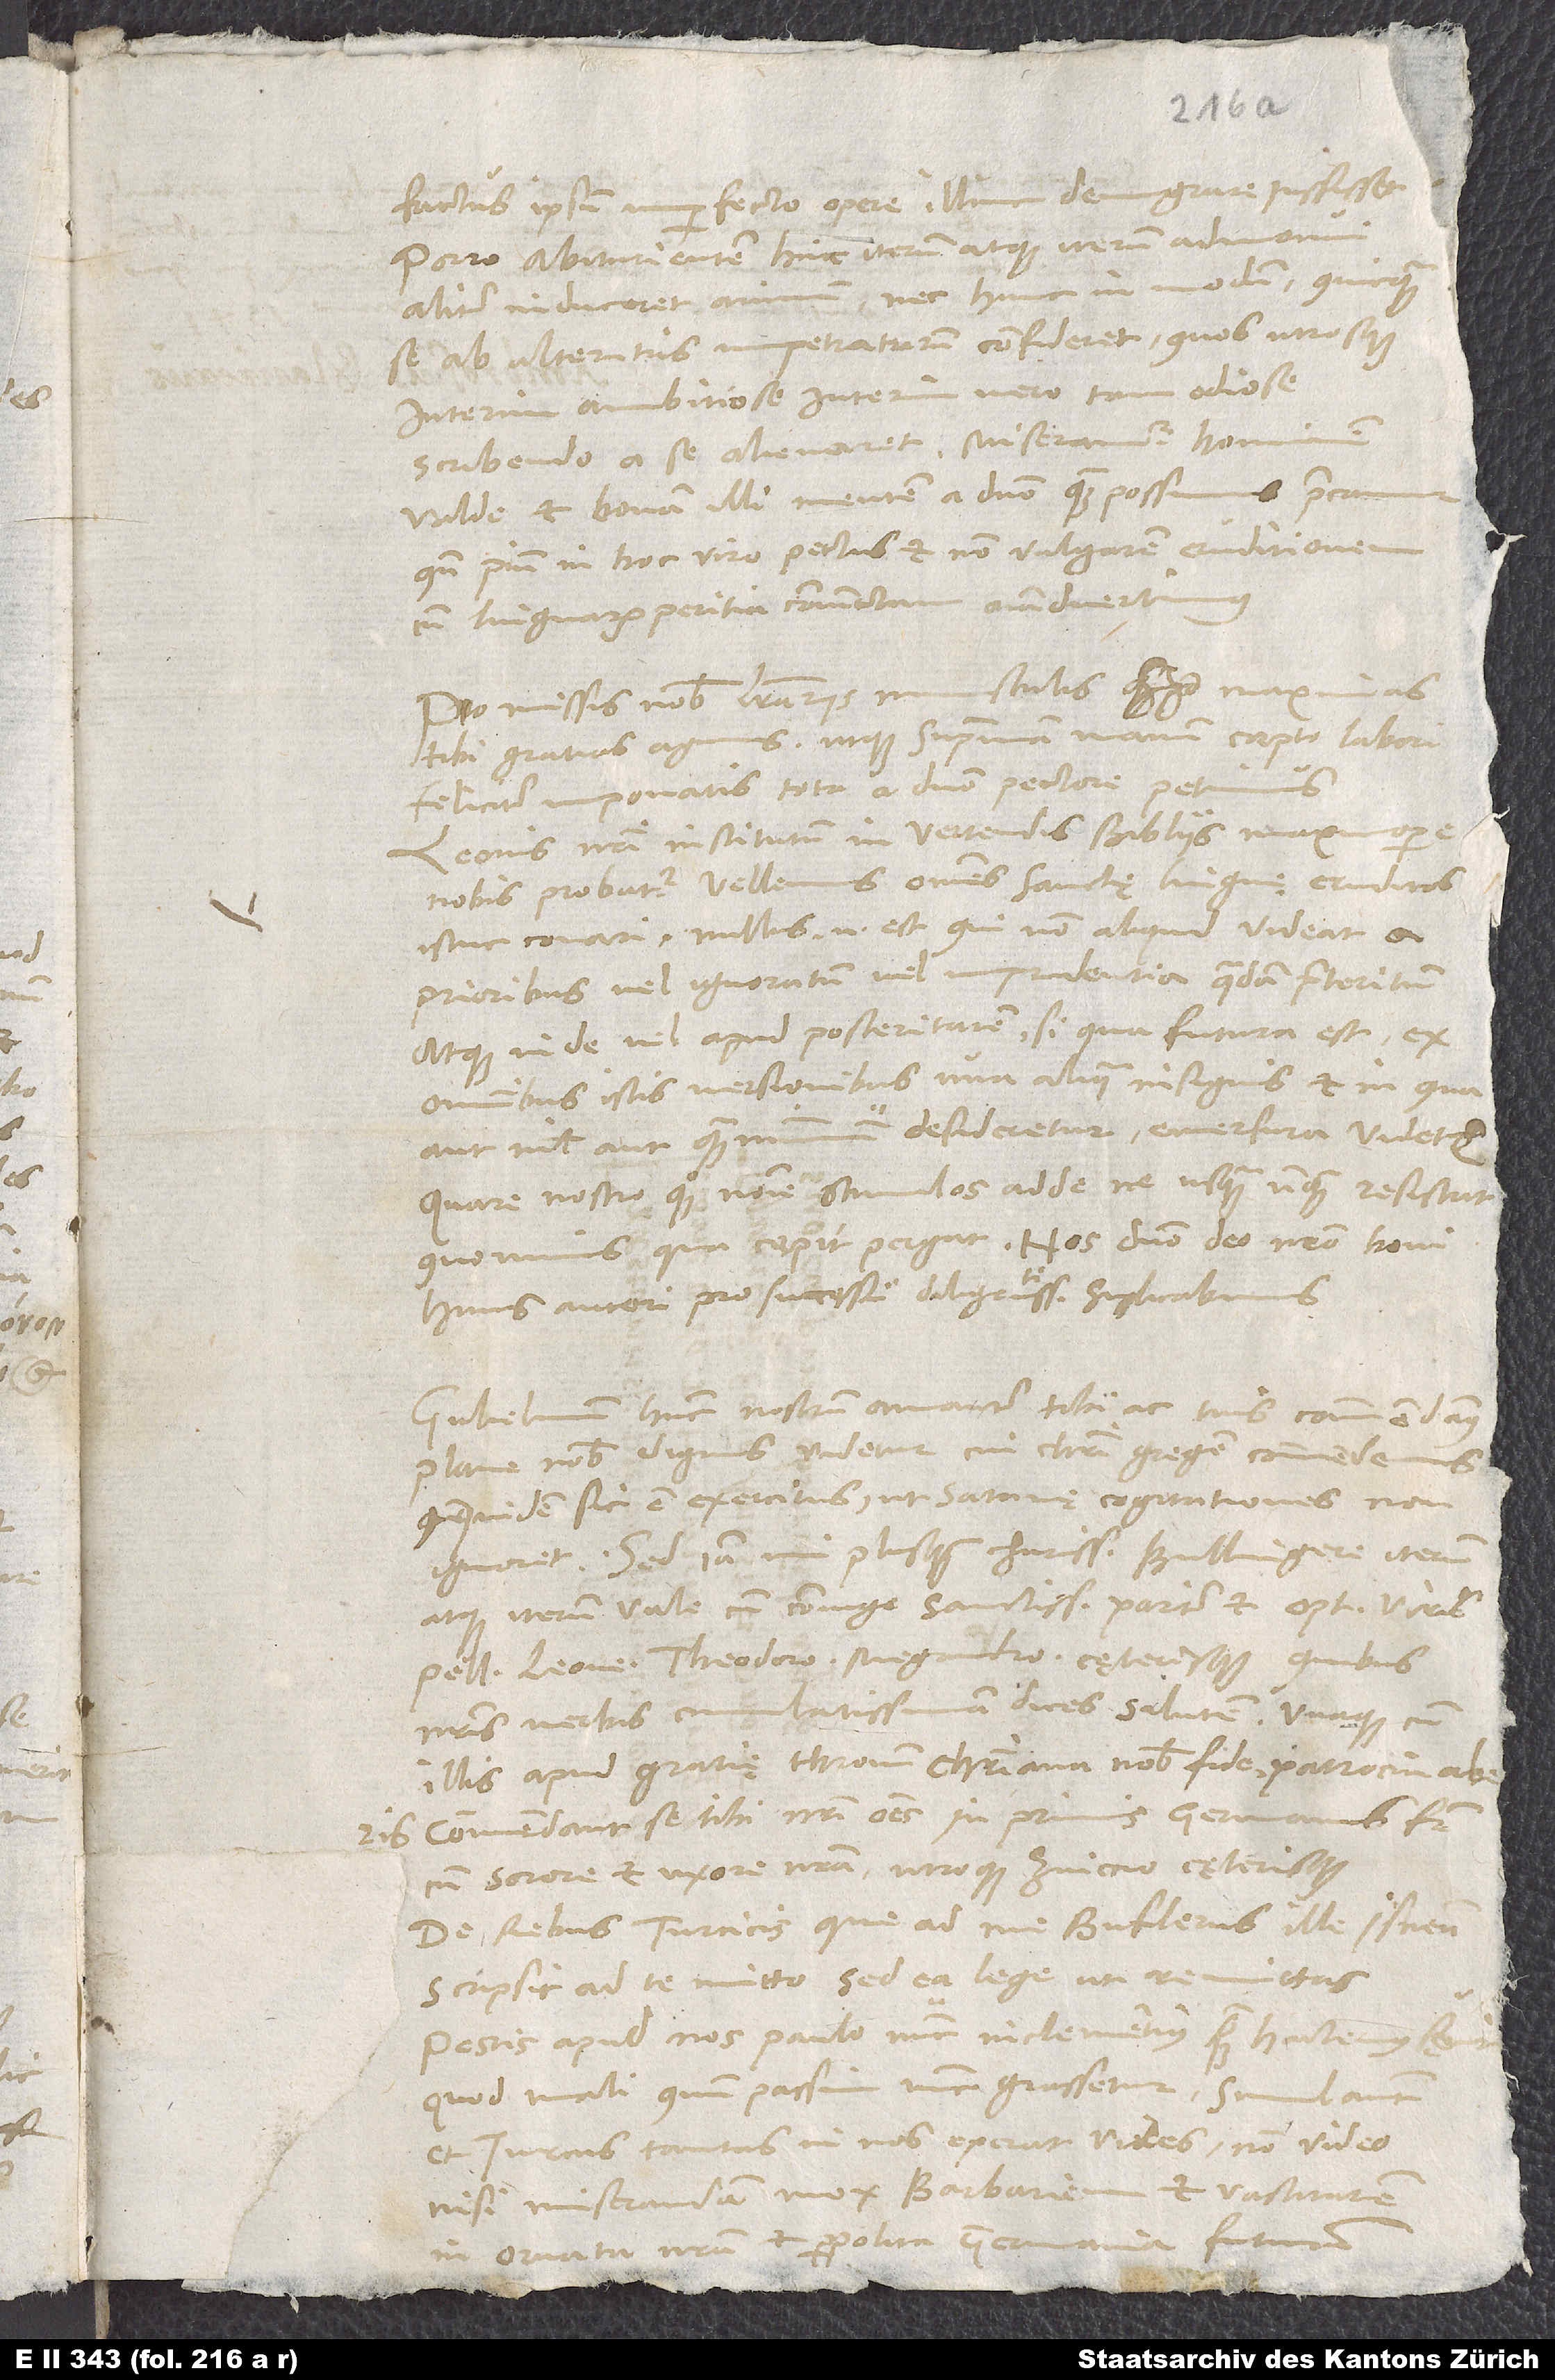
factus ipsum imperfecto opere illinc demigrare iussisset.
Porro abiturientem hinc iterum atque iterum admonui,
aliter induceret animum nec hunc in modum quicquam
se ab alterutris impetraturum confideret, quos utrosque
interim ambitiose, interim vero tam odiose
scribendo a se alienaret. Miseramur hominem
valde et bonam illi mentem a domino quam possumus precamur,
quando pium in hoc viro pectus et non vulgarem eruditionem
cum linguarum peritia coniunctam animadvertimus.
Pro missis nobis literariis munusculis maximas
tibi gratias agimus, utque supremam manum coepto labori
feliciter imponatis, toto a domino pectore petimus.
Leonis nostri institutum in vertendis Bibliis maximopere
nobis probatur. Vellemus omnes sanctę linguę eruditos
istuc conari; nullus enim est, qui non aliquid videat a
prioribus vel ignoratum vel imprudentia quadam praeteritum,
atque inde vel apud posteritatem, si qua futura est, ex
omnibus istis versionibus una aliqua insignis, et in qua
aut nihil aut quam minimum desideretur, emersura videtur.
Quare nostro quoque nomine stimulos adde, ne usquam unquam resistat,
quominus, qua coepit, pergat. Nos domino deo nostro, boni
huius autori, pro successu diligentissime suplicabimus.
Gulielmum hunc nostrum amanter tibi ac tuis commendamus;
plane nobis dignus videtur, cui Christi gregem commendemus,
quandoquidem sic est exercitus, ut satanę cogitationes non
Sed iam, mi plusquam charissime Bullingere, iterum
atque iterum vale cum coniuge sanctissma pariter et optimis viris
Pellicano, Leone, Theodoro, Megandro cęterisque, quibus
nostris verbis cumulatissimam dices salutem unaque cum
illis apud gratię thronum christiana nobis fide patrocinaberis.
Commendant se tibi nostri omnes, inprimis germanus frater
cum sorore et uxore nostra utroque Zviccio cęterisque.
De rebus Turcicis, que ad me Buflerus ille Isnensis
scripsit, ad te mitto, sed ea lege, ut remittas.
Pestis apud nos paulo nunc inclementius quam hactenus sęvit,
quod mali quum passim nunc grassetur, simul autem
et Turcus tantas in nos exerat vires, non video
nisi miserandam mox barbariem et vastitatem
in ornata nostra et perpolita Germania